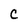
Character: C